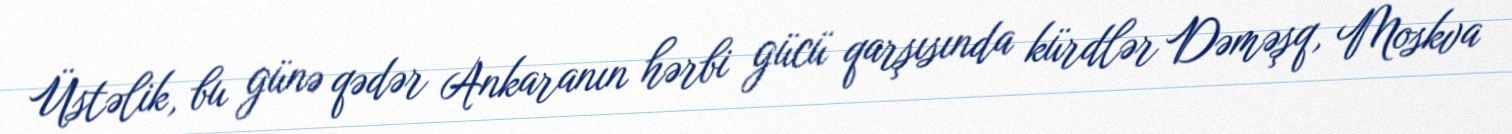
Üstəlik, bu günə qədər Ankaranın hərbi gücü qarşısında kürdlər Dəməşq, Moskva